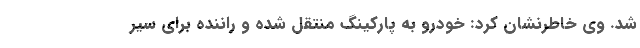
شد. وی خاطرنشان کرد: خودرو به پارکینگ منتقل شده و راننده برای سیر